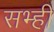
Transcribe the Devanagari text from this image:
सभ्ही